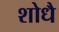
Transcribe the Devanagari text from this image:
शोधै